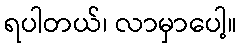
ရပါတယ်၊ လာမှာပေါ့။